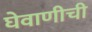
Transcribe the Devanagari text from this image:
घेवाणीची